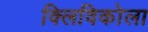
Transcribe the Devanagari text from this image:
क्लिविकोला